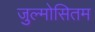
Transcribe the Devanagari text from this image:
जुल्मोसितम